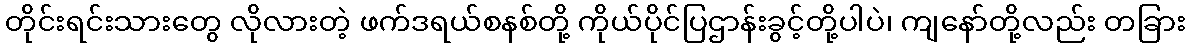
တိုင်းရင်းသားတွေ လိုလားတဲ့ ဖက်ဒရယ်စနစ်တို့ ကိုယ်ပိုင်ပြဌာန်းခွင့်တို့ပါပဲ၊ ကျနော်တို့လည်း တခြား